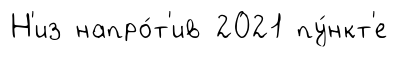
Н'из напро́т'ив 2021 пу́нкт'е